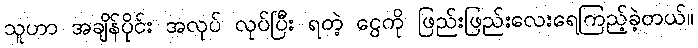
သူဟာ အချိန်ပိုင်း အလုပ် လုပ်ပြီး ရတဲ့ ငွေကို ဖြည်းဖြည်းလေးရေကြည့်ခဲ့တယ်။